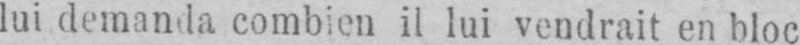
lui demanda combien il lui vendrait en bloc